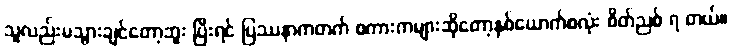
သူလည်းမသွားချင်တော့ဘူး ပြီးရင် ပြဿနာကတက် စကားကများဆိုတော့နှစ်ယောက်စလုံး စိတ်ညစ် ရ တယ်။